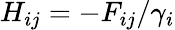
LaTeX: H_{ij}=-F_{ij}/\gamma_{i}